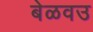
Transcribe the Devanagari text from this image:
बेळवउ